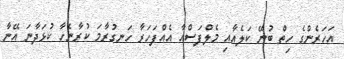
އަހަރެންގެ ހިތް ބުނޭ ކަލެއާއި މެލްފަސްއާ އެއްފަހަރާ ހަނގުރާމަ ކުރާނެހާ ކުޅަދާނަ އޭނާ